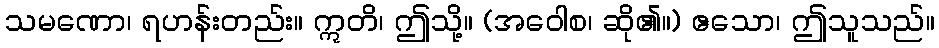
သမဏော၊ ရဟန်းတည်း။ ဣတိ၊ ဤသို့။ (အဝေါစ၊ ဆို၏။) ဧသော၊ ဤသူသည်။